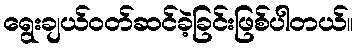
ရွေးချယ်ဝတ်ဆင်ခဲ့ခြင်းဖြစ်ပါတယ်။